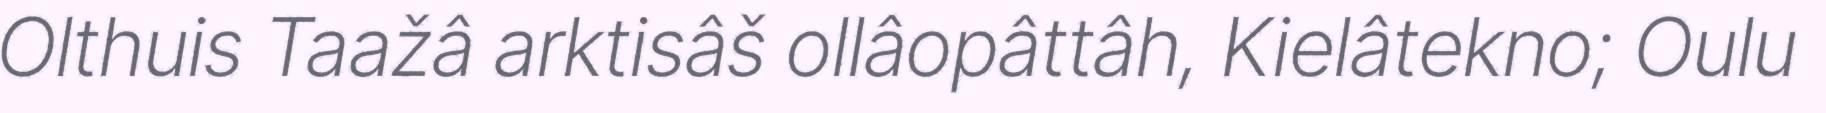
Olthuis Taažâ arktisâš ollâopâttâh, Kielâtekno; Oulu